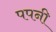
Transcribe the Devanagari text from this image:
पपनी